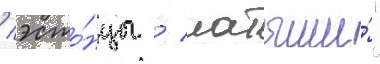
/ эсто́нцы / латыши́"